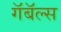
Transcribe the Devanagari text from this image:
गॅबॅल्स